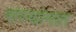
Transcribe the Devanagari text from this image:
संस्थांनात